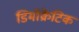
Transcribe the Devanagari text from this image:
डिमॉक्रेटिक